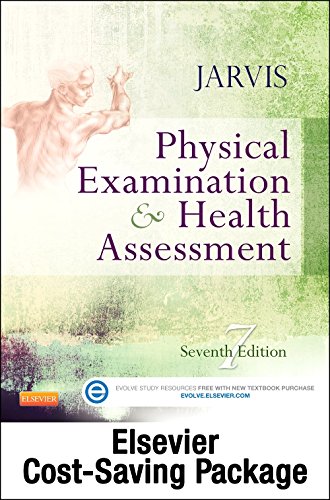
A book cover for Physical Examination and Health Assessment and Elsevier Adaptive Quizzing Package, 7e; Carolyn Jarvis PhD  APN  CNP; Medical Books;